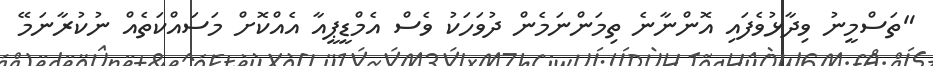
"ތަސްމީނު ވިދާޅުވެފައި އޮންނާނެ ތިމަންނަމެން ދުވަހަކު ވެސް އެމްޑީޕީއާ އެއްކޮށް މަސައްކަތެއް ނުކުރާނަމޭ